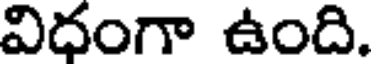
విధంగా ఉంది.